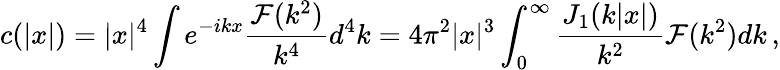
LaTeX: c(|x|)=|x|^{4}\int e^{-ikx}\frac{{\cal F}(k^{2})}{k^{4}}d^{4}k=4\pi^{2}|x|^{3}\int_{0}^{\infty}\frac{J_{1}(k|x|)}{k^{2}}{\cal F}(k^{2})dk\, ,